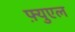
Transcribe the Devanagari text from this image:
फ़्युएल